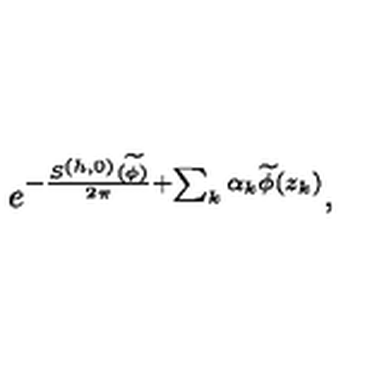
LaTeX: e ^ { - { \frac { S ^ { ( h , 0 ) } ( \widetilde \phi ) } { 2 \pi } } + \sum _ { k } \alpha _ { k } \widetilde \phi ( z _ { k } ) } ,